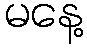
မနေ့